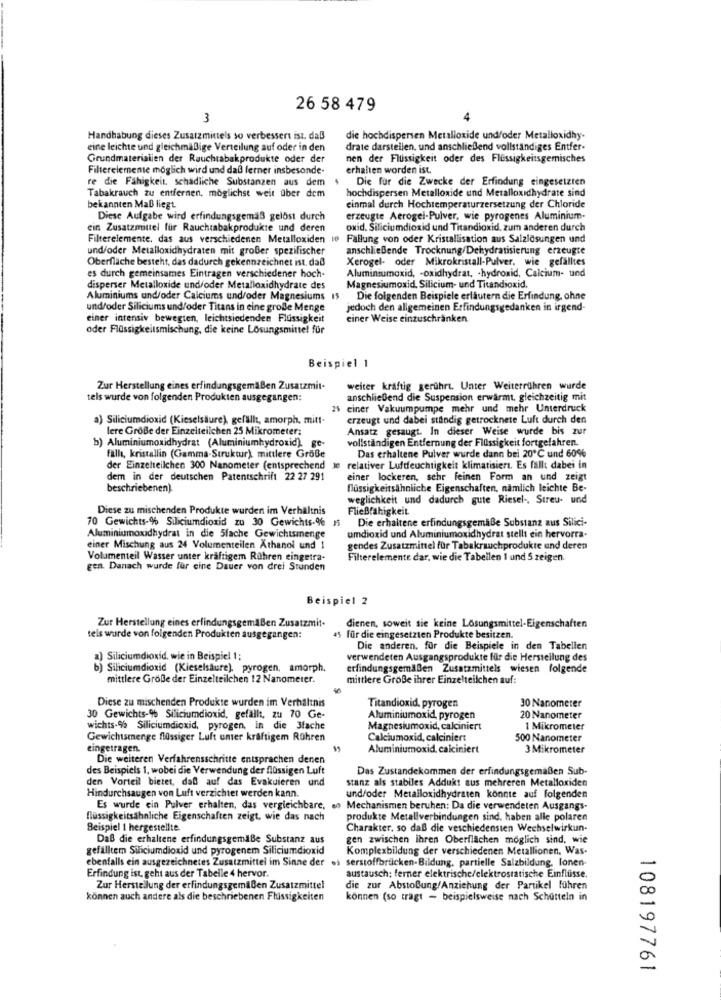
26 58 479
3
Handhabung dieses Zusatzmittels so verbessert ist. daß
die hochdispersen Metalloxide und/oder Metalloxidhy-
eine leichte und gleichmäßige Verteilung auf oder in den
drate darstellen, und anschließend vollständiges Entfer-
Grundmaterialien der Rauchtabakprodukte oder der
nen der Flüssigkeit oder des Flüssigkeitsgemisches
Filterelemente möglich wird und daß ferner insbesonde
erhalten worden ist.
re die Fähigkeit, schädliche Substanzen aus dem
Die für die Zwecke der Erfindung eingesetzten
Tabakrauch zu entfernen, möglichst weit über dem
hochdispersen Metalloxide und Metalloxidhydrate sind
bekannten Maß liegt.
einmal durch Hochtemperaturzersetzung der Chloride
Diese Aufgabe wird erfindungsgemäß gelost durch
erzeugte Aerogel-Pulver, wie pyrogenes Aluminium-
ein Zusatzmittel für Rauchtabakprodukte und deren
oxid. Siliciumdioxid und Titandioxid, zum anderen durch
Filterelemente, das aus verschiedenen Metalloxiden to Fallung von oder Kristallisation aus Salzlösungen und
und/oder Metalloxidhydraten mit großer spezifischer
anschließende Trocknung/Dehydratisierung erzeugte
Oberfläche besteht, das dadurch gekennzeichnet ist, daß
Xerogel- oder Mikrokristall-Pulver, wie gefälltes
Aluminiumoxid, - oxidhydrat, - hydroxid, Calcium- und
es durch gemeinsames Eintragen verschiedener hoch-
disperser Metalloxide und/oder Metalloxidhydrate des
Magnesiumoxid, Silicium- und Titandioxid.
Aluminiums und/oder Calciums und/oder Magnesiums IS
Die folgenden Beispiele erläutern die Erfindung, ohne
und/oder Siliciums und/oder Titans in eine große Menge
jedoch den allgemeinen Erfindungsgedanken in irgend-
einer intensiv bewegten, leichtsiedenden Flussigkeit
einer Weise einzuschränken
oder Flüssigkeitsmischung, die keine Lösungsmittel für
Beispiel 1
Zur Herstellung eines erfindungsgemäßen Zusatzmit-
weiter kraftig gerührt. Unter Weiterrühren wurde
tels wurde von folgenden Produkten ausgegangen:
anschließend die Suspension erwärmt. gleichzeitig mit
25 einer Vakuumpumpe mehr und mehr Unterdruck
a) Siliciumdioxid (Kieselsäure), gefällt, amorph, mitt-
erzeugt und dabei ständig getrocknete Luft durch den
lere GroBe der Einzelteilchen 25 Mikrometer:
Ansatz gesaugt. In dieser Weise wurde bis zur
vollständigen Entfernung der Flüssigkeit fortgefahren.
b) Aluminiumoxidhydrat (Aluminiumhydroxid). ge-
fall, kristallin (Gamma-Struktur). mittlere Größe
Das erhaltene Pulver wurde dann bei 20℃ und 60%
der Einzelteilchen 300 Nanometer (entsprechend Je relativer Luftfeuchtigkeit klimatisiert. Es fällt dabei in
dem in der deutschen Patentschrift 22 27 291
einer lockeren, sehr feinen Form an und zeigt
beschriebenen).
flüssigkeitsähnliche Eigenschaften, nämlich leichte Be-
weglichkeit und dadurch gute Riesel -, Streu- und
Diese zu mischenden Produkte wurden im Verhältnis
Fließfahigkeit
70 Gewichts-% Siliciumdioxid zu 30 Gewichts-% 15
Die erhaltene erfindungsgemäße Substanz aus Silici-
Aluminiumoxidhydrat in die 5fache Gewichtsmenge
umdioxid und Aluminiumoxidhydrat stellt ein hervorra.
einer Mischung aus 24 Volumenteilen Athanol und 1
gendes Zusatzmittel für Tabakrauchprodukte und deren
Volumenteil Wasser unter kraftigem Rühren eingetra-
Filterelemente dar, wie die Tabellen 1 und 5 zeigen.
gen. Danach wurde für eine Dauer von drei Stunden
Beispiel 2
Zur Herstellung eines erfindungsgemäßen Zusatzmit.
dienen, soweit sie keine Lösungsmittel-Eigenschaften
tels wurde von folgenden Produkten ausgegangen:
45 für die eingesetzten Produkte besitzen.
Die anderen. für die Beispiele in den Tabellen
a) Siliciumdioxid, wie in Beispiel 1;
verwendeten Ausgangsprodukte für die Herstellung des
b) Siliciumdioxid (Kieselsäure). pyrogen, amorph.
erfindungsgemäßen Zusatzmittels wiesen folgende
mittlere Große der Einzelteilchen 12 Nanometer.
mittlere Große ihrer Einzelteilchen auf:
Diese zu mischenden Produkte wurden im Verhältnis
Titandioxid, pyrogen
30 Nanometer
30 Gewichts-% Siliciumdioxid, gefällt, zu 70 Ge-
Aluminiumoxid, pyrogen
20 Nanometer
wichts-% Siliciumdioxid, pyrogen, in die 3fache
Magnesiumoxid, calciniert
1 Mikrometer
Gewichtsmenge flüssiger Luft unter kraftigem Rühren
Calciumoxid, calciniert
500 Nanometer
eingetragen.
Aluminiumoxid, calciniert
3 Mikrometer
Die weiteren Verfahrensschritte entsprachen denen
des Beispiels 1, wobei die Verwendung der flüssigen Luft
Das Zustandekommen der erfindungsgemäßen Sub-
den Vorteil bietet, daß auf das Evakuieren und
stanz als stabiles Addukt aus mehreren Metalloxiden
Hindurchsaugen von Luft verzichtet werden kann.
und/oder Metalloxidhydraten konnte auf folgenden
Es wurde ein Pulver erhalten, das vergleichbare, en Mechanismen beruhen: Da die verwendeten Ausgangs-
flüssigkeitsähnliche Eigenschaften zeigt, wie das nach
produkte Metallverbindungen sind, haben alle polaren
Beispiel I hergestellte.
Charakter, so daß die veschiedensien Wechselwirkun-
Daß die erhaltene erfindungsgemäße Substanz aus
gen zwischen ihren Oberflächen möglich sind, wie
gefalltem Siliciumdioxid und pyrogenem Siliciumdioxid
Komplexbildung der verschiedenen Metallionen, Was-
ebenfalls ein ausgezeichnetes Zusatzmittel im Sinne der es serstoffbrilcken-Bildung, partielle Salzbildung. Ionen-
Erfindung ist, geht aus der Tabelle 4 hervor.
austausch; ferner elektrische/elektrostatische Einflüsse.
Zur Herstellung der erfindungsgemäßen Zusatzmittel
die zur Abstoßung/Anziehung der Partikel führen
können auch andere als die beschriebenen Flüssigkeiten
können (so trägt - beispielsweise nach Schütteln in
108197761